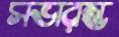
সভারম্ভ